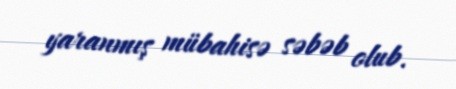
yaranmış mübahisə səbəb olub.